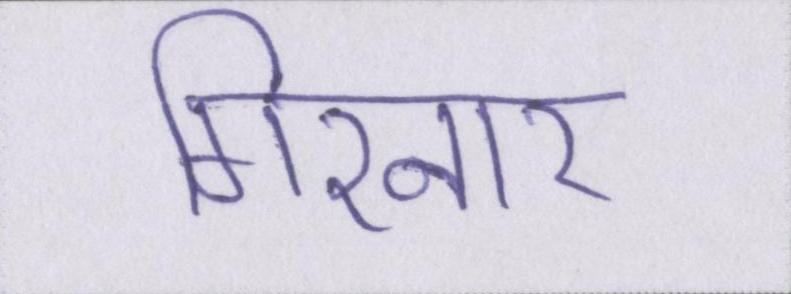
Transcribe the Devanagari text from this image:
गिरनार